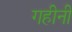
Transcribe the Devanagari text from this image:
गहीनी